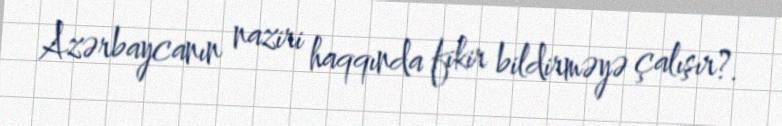
Azərbaycanın naziri haqqında fikir bildirməyə çalışır?.